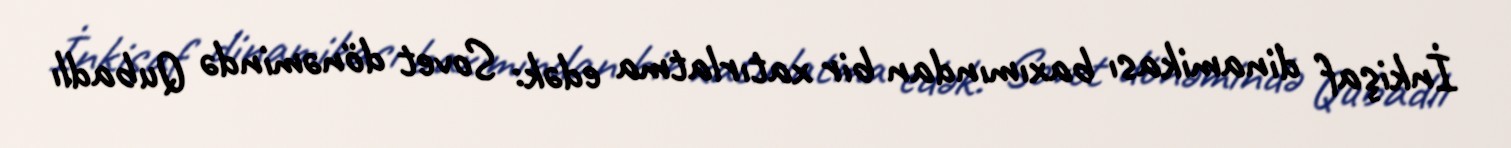
İnkişaf dinamikası baxımından bir xatırlatma edək: Sovet dönəmində Qubadlı